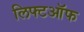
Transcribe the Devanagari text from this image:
लिफ्टऑफ